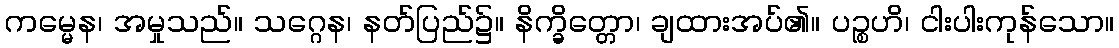
ကမ္မေန၊ အမှုသည်။ သဂ္ဂေန၊ နတ်ပြည်၌။ နိက္ခိတ္တော၊ ချထားအပ်၏။ ပဉ္စဟိ၊ ငါးပါးကုန်သော။